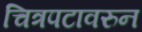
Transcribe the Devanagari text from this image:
चित्रपटावरुन